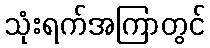
သုံးရက်အကြာတွင်